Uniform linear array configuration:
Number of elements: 48
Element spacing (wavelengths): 1
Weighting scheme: uniform
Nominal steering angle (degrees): -30
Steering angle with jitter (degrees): -30.219
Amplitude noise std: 0.05
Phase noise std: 0.05

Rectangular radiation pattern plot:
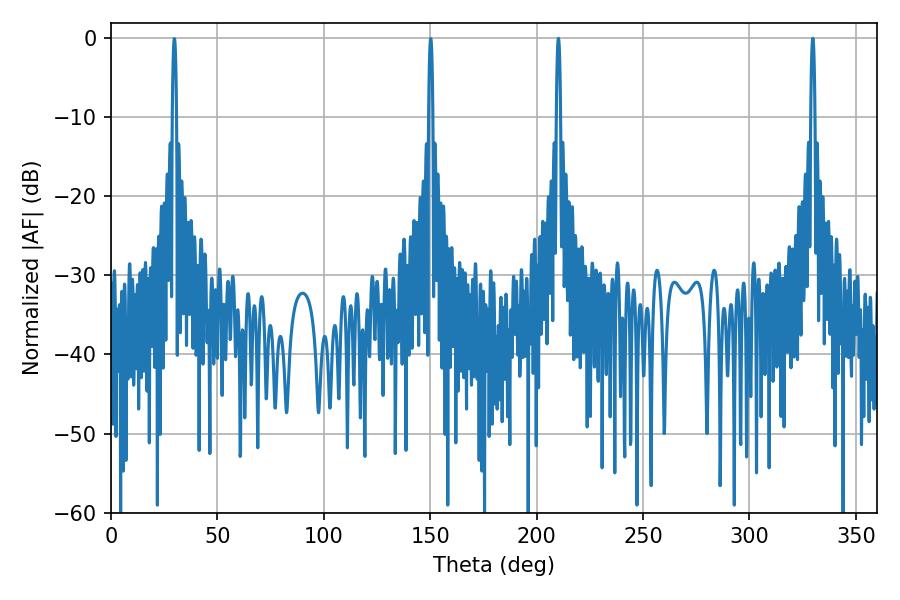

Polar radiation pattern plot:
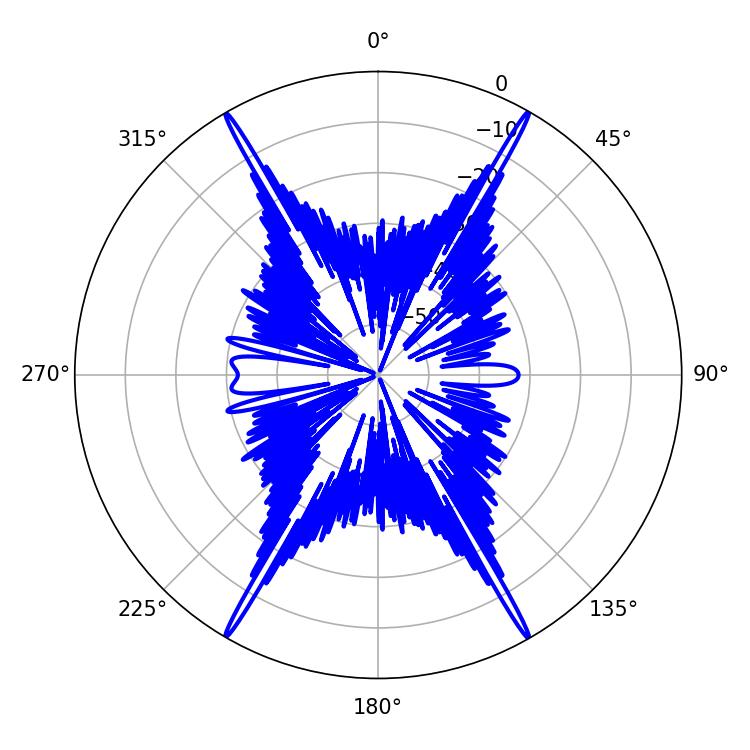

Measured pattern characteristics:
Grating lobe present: TRUE
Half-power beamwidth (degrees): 1.08
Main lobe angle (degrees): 210.24